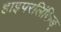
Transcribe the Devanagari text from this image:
हाइपरलिंकिङ्